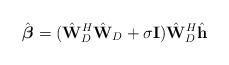
LaTeX: \begin{align*} \hat{\boldsymbol{\beta}}=(\hat{\mathbf{W}}_D^H\hat{\mathbf{W}}_D+\sigma\mathbf{I})\hat{\mathbf{W}}_D^H\hat{\mathbf{h}}\end{align*}